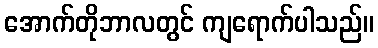
အောက်တိုဘာလတွင် ကျရောက်ပါသည်။